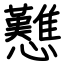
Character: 戁